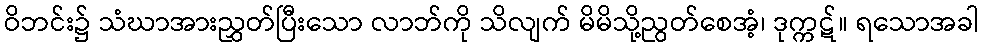
ဝိဘင်း၌ သံဃာအားညွှတ်ပြီးသော လာဘ်ကို သိလျက် မိမိသို့ညွတ်စေအံ့၊ ဒုက္ကဋ်။ ရသောအခါ